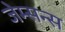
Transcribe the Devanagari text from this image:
जेम्सन्स